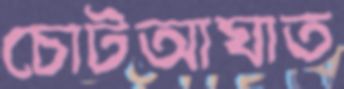
চোটআঘাত